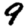
Digit: 9